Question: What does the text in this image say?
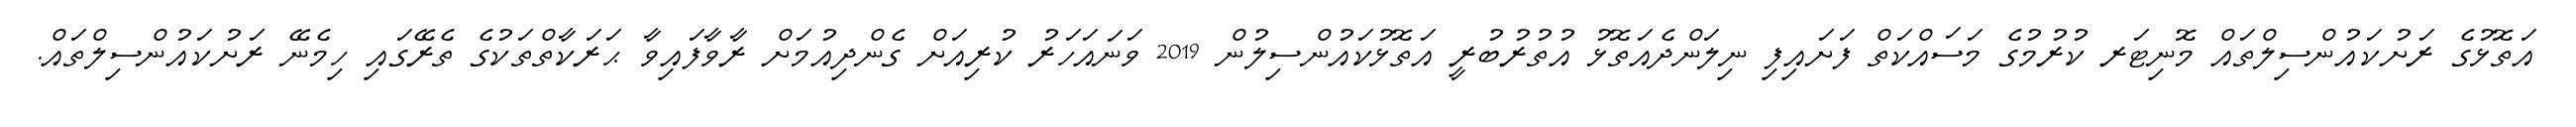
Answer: އަތޮޅުގެ ރަށުކައުންސިލްތައް މޮނިޓަރ ކުރުމުގެ މަސައްކަތް ފަށައިފި ނިލަންދެއަތޮޅު އުތުރުބުރީ އަތޮޅުކައުންސިލުން 2019 ވަނައަހަރު ކުރިއަށް ގެންދިއުމަށް ރާވާފައިވާ ޙަރަކާތްތަކުގެ ތެރޭގައި ހިމެނޭ ރަށުކައުންސިލްތައް.